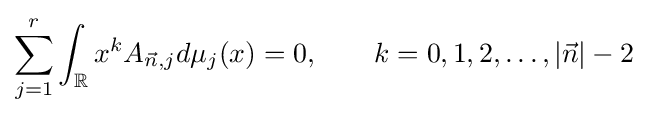
\sum \limits _{j=1}^{r}\int _{\mathbb {R} }x^{k}A_{{\vec {n}},j}d\mu _{j}(x)=0,\qquad k=0,1,2,\dots ,|{\vec {n}}|-2